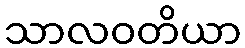
သာလဝတိယာ